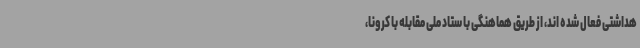
هداشتی فعال شده اند، از طریق هماهنگی با ستاد ملی مقابله با کرونا،